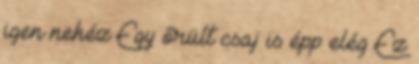
igen nehéz Egy őrült csaj is épp elég Ez